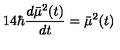
1 4 \hbar \frac { d \bar { \mu } ^ { 2 } ( t ) } { d t } = \bar { \mu } ^ { 2 } ( t )